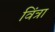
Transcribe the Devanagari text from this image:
विंत्रा